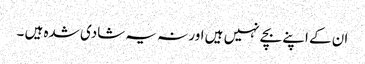
ان کے اپنے بچے نہیں ہیں اور نہ یہ شادی شدہ ہیں ۔